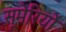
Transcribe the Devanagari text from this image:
सूमेरियों